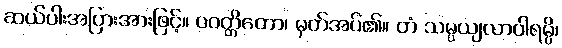
ဆယ်ပါးအပြားအားဖြင့်။ ဝဝတ္တိတော၊ မှတ်အပ်၏။ တံ သမ္ပယျလာဝါရမ္ပိ၊